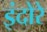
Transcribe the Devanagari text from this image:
इंदोरे